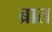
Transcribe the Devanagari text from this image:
ब्रात